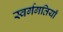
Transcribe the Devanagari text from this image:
स्वर्गगतियाँ